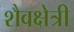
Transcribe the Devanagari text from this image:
शैवक्षेत्री